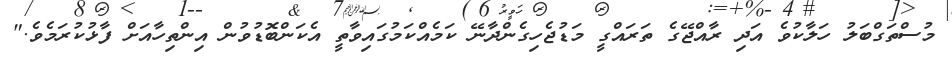
މުސްތަގްބަލު ހަލާކުވެ އަދި ރާއްޖޭގެ ތަރައްގީ މަޑުޖެހިގެންދާނޭ ކަމެއްކަމުގައިވާތީ އެކަންބޮޑުވުން އިންތިހާއަށް ފާޅުކުރަމެވެ."